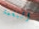
النغمة